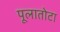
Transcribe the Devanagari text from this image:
पूलातोटा